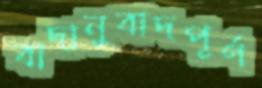
বাদানুবাদপূর্ণ